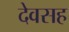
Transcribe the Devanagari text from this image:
देवसह